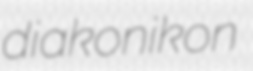
diakonikon